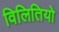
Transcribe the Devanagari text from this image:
विलितियो